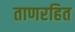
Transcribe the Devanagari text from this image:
ताणरहित